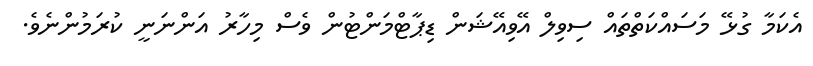
އެކަމާ ގުޅޭ މަސައްކަތްތައް ސިވިލް އޭވިއޭޝަން ޑިޕާޓްމަންޓުން ވެސް މިހާރު އަންނަނީ ކުރަމުންނެވެ.